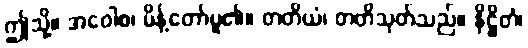
ဤသို့။ အဝေါစ၊ မိန့်တော်မူ၏။ တတိယံ၊ တတိသုတ်သည်။ နိဋ္ဌိတံ၊